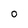
Character: 0